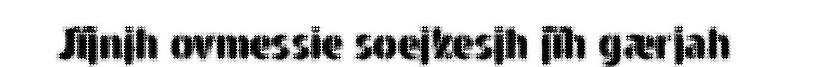
Jïjnjh ovmessie soejkesjh jïh gærjah